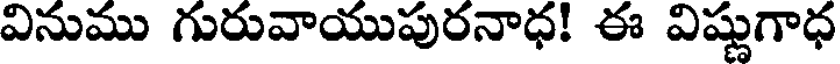
వినుము గురువాయుపురనాధ! ఈ విష్ణుగాధ